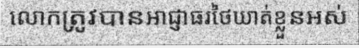
លោកត្រូវបានអាជ្ញាធរថៃឃាត់ខ្លួនអស់